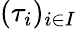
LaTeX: (\tau_{i})_{i\in I}